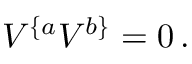
V ^ { \{ a } V ^ { b \} } = 0 \, .